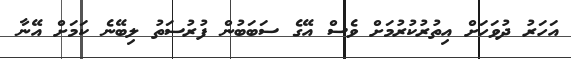
އަހަރު ދުވަހަށް އިތުރުކުރުމަށް ވެސް އޭގެ ސަބަބުން ފުރުސަތު ލިބޭނެ ކަމަށް އޭނާ